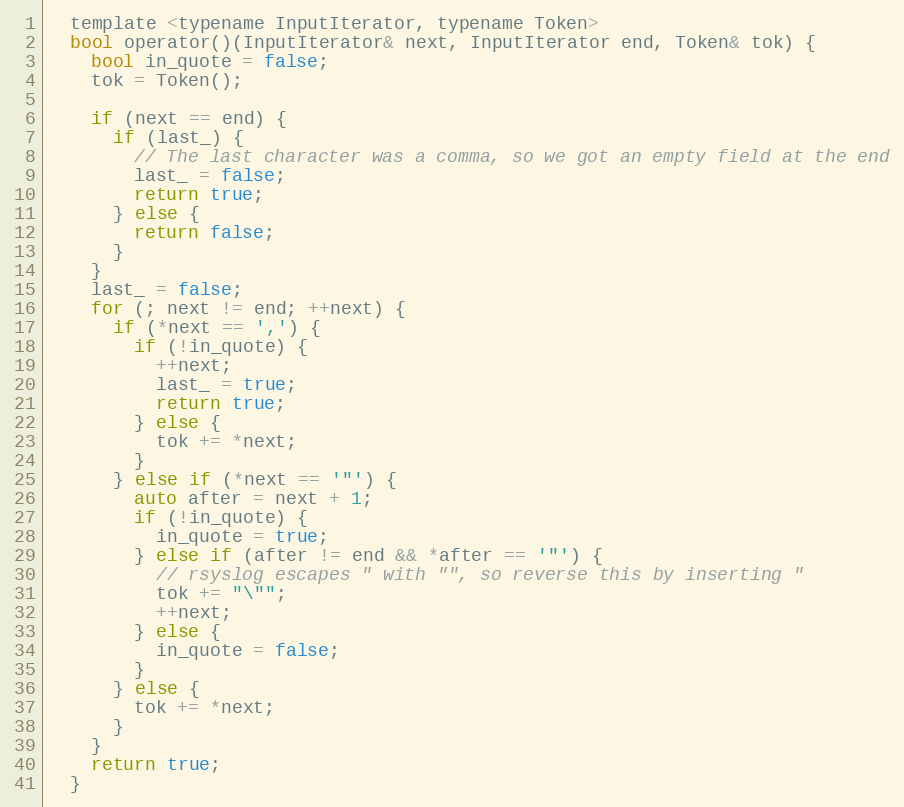
Language: C
  template <typename InputIterator, typename Token>
  bool operator()(InputIterator& next, InputIterator end, Token& tok) {
    bool in_quote = false;
    tok = Token();

    if (next == end) {
      if (last_) {
        // The last character was a comma, so we got an empty field at the end
        last_ = false;
        return true;
      } else {
        return false;
      }
    }
    last_ = false;
    for (; next != end; ++next) {
      if (*next == ',') {
        if (!in_quote) {
          ++next;
          last_ = true;
          return true;
        } else {
          tok += *next;
        }
      } else if (*next == '"') {
        auto after = next + 1;
        if (!in_quote) {
          in_quote = true;
        } else if (after != end && *after == '"') {
          // rsyslog escapes " with "", so reverse this by inserting "
          tok += "\"";
          ++next;
        } else {
          in_quote = false;
        }
      } else {
        tok += *next;
      }
    }
    return true;
  }